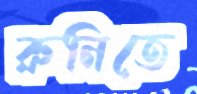
রুনিতে